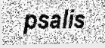
psalis